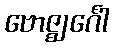
ဗောဇ္ဈင်္ဂေါ